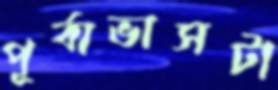
পূর্বাভাসটা